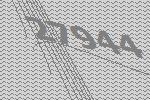
27944